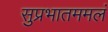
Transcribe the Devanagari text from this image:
सुप्रभातममलं